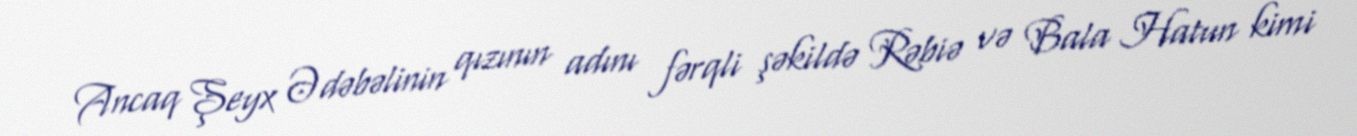
Ancaq Şeyx Ədəbəlinin qızının adını fərqli şəkildə Rəbiə və Bala Hatun kimi